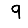
Digit: 9